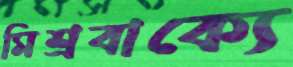
মিশ্রবাক্যে